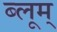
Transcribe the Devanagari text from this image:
ब्लूम्